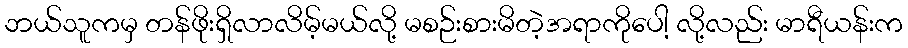
ဘယ်သူကမှ တန်ဖိုးရှိလာလိမ့်မယ်လို့ မစဉ်းစားမိတဲ့အရာကိုပေါ့ လို့လည်း မာရီယန်းက